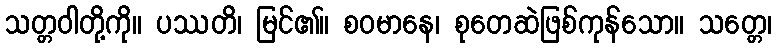
သတ္တဝါတို့ကို။ ပဿတိ၊ မြင်၏။ စဝမာနေ၊ စုတေဆဲဖြစ်ကုန်သော။ သတ္တေ၊